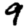
Digit: 9